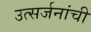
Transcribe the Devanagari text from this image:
उत्सर्जनांची